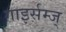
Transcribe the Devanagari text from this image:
गाइर्सम्ज्